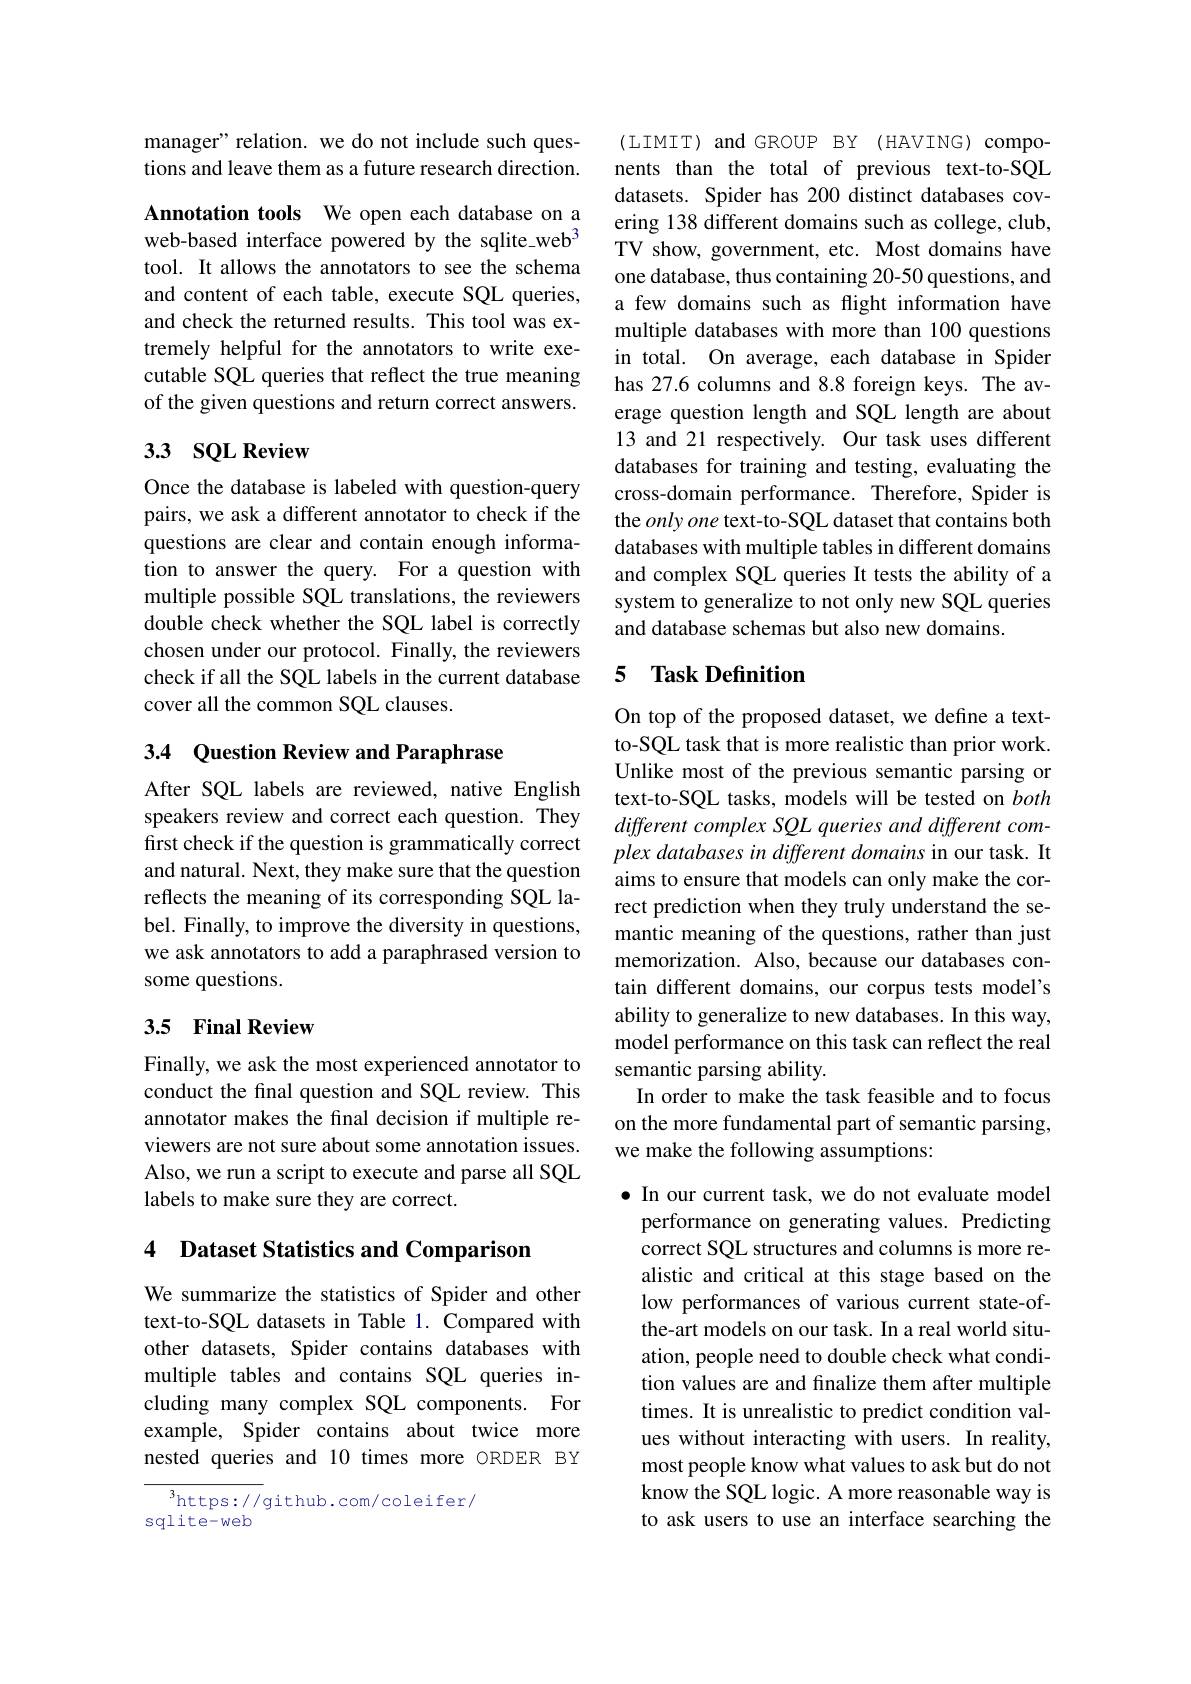
manager" relation. we do not include such questions and leave them as a future research direction.

Annotation tools We open each database on a web-based interface powered by the sqlite\_web$^3$ tool. It allows the annotators to see the schema and content of each table, execute SQL queries, and check the returned results. This tool was extremely helpful for the annotators to write executable SQL queries that reflect the true meaning of the given questions and return correct answers.

## 33 SQL Review

Once the database is labeled with question-query pairs, we ask a different annotator to check if the questions are clear and contain enough information to answer the query. For a question with multiple possible SQL translations, the reviewers double check whether the SQL label is correctly chosen under our protocol. Finally, the reviewers check if all the SQL labels in the current database cover all the common SQL clauses.

3.4 Question Review and Paraphrase

After SQL labels are reviewed, native English speakers review and correct each question. They first check if the question is grammatically correct and natural. Next, they make sure that the question reflects the meaning of its corresponding SQL label. Finally, to improve the diversity in questions, we ask annotators to add a paraphrased version to some questions.

## 3.5 Final Review

Finally, we ask the most experienced annotator to conduct the final question and SQL review. This annotator makes the final decision if multiple reviewers are not sure about some annotation issues. Also, we run a script to execute and parse all SQL labels to make sure they are correct.

4 Dataset Statistics and Comparison

We summarize the statistics of Spider and other text-to-SQL datasets in Table 1. Compared with other datasets, Spider contains databases with multiple tables and contains SQL queries including many complex SQL components. For example, Spider contains about twice more nested queries and 10 times more ORDER BY

$^{3}$https://github.com/coleifer/
$sqlite-web$

(LIMIT) and GROUP BY (HAVING) components than the total of previous text-to-SQL datasets. Spider has 200 distinct databases covering 138 different domains such as college, club, TV show, government, etc. Most domains have one database, thus containing 20-50 questions, and a few domains such as flight information have multiple databases with more than 100 questions in total. On average, each database in Spider has 27.6 columns and 8.8 foreign keys. The average question length and SQL length are about 13 and 21 respectively. Our task uses different databases for training and testing, evaluating the cross-domain performance. Therefore, Spider is the only one text-to-SQL dataset that contains both databases with multiple tables in different domains and complex SQL queries It tests the ability of a system to generalize to not only new SQL queries and database schemas but also new domains.

## 5 Task Definition

On top of the proposed dataset, we define a textto-SQL task that is more realistic than prior work. Unlike most of the previous semantic parsing or text-to-SQL tasks, models will be tested on both different complex SQL queries and different complex databases in different domains in our task. It aims to ensure that models can only make the correct prediction when they truly understand the semantic meaning of the questions, rather than just memorization. Also, because our databases contain different domains, our corpus tests model's ability to generalize to new databases. In this way, model performance on this task can reflect the real semantic parsing ability.
In order to make the task feasible and to focus on the more fundamental part of semantic parsing, we make the following assumptions:

$\bullet$ In our current task, we do not evaluate model performance on generating values. Predicting correct SQL structures and columns is more realistic and critical at this stage based on the low performances of various current state-ofthe-art models on our task. In a real world situation, people need to double check what condition values are and finalize them after multiple times. It is unrealistic to predict condition values without interacting with users. In reality, most people know what values to ask but do not know the SQL logic. A more reasonable way is to ask users to use an interface searching the